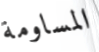
المساومة